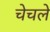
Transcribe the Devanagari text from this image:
चेचले